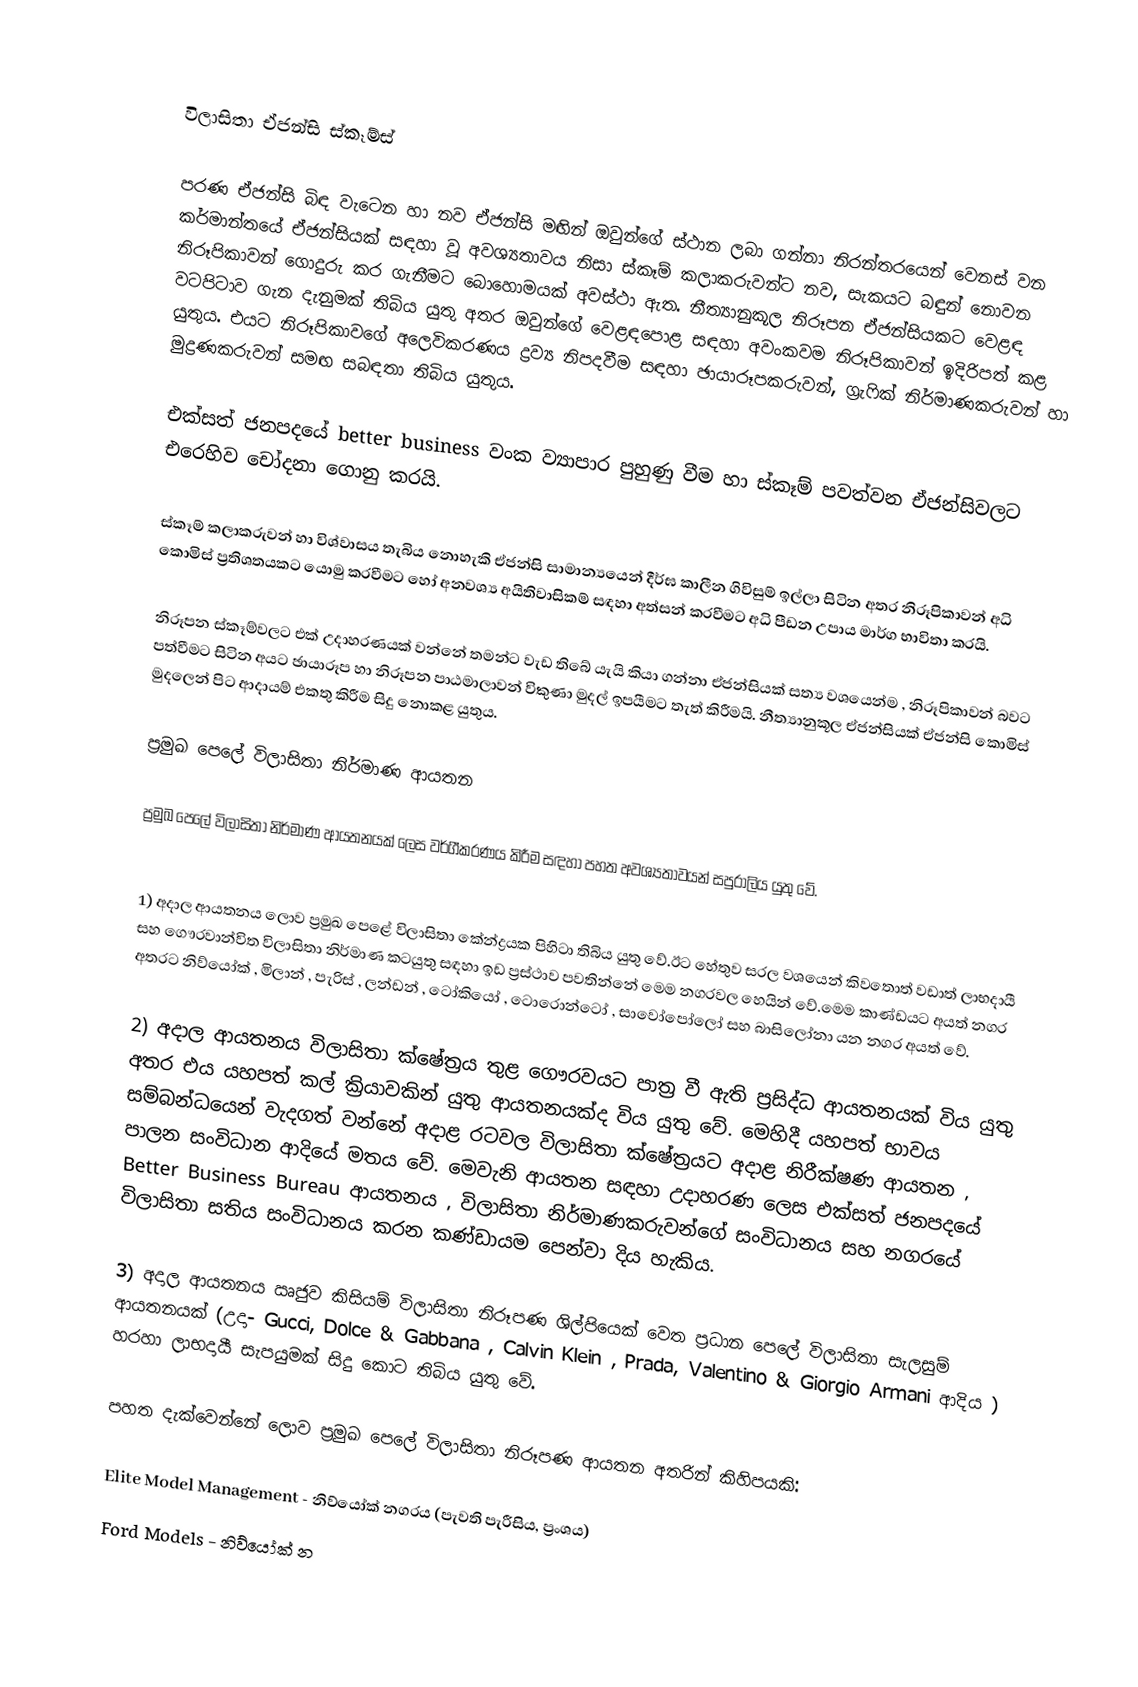

විලාසිතා ඒජන්සි ස්කෑම්ස්

පරණ ඒජන්සි බිඳ වැටෙන හා නව ඒජන්සි මඟින් ඔවුන්ගේ ස්ථාන ලබා ගන්නා නිරන්තරයෙන් වෙනස් වන කර්මාන්තයේ ඒජන්සියක් සඳහා වූ අවශ්‍යතාවය නිසා ස්කෑම් කලාකරුවන්ට නව, සැකයට බඳුන් නොවන නිරූපිකාවන් ගොදුරු කර ගැනීමට බොහොමයක් අවස්ථා ඇත. නීත්‍යානුකූල නිරූපන ඒජන්සියකට වෙළඳ වටපිටාව ගැන දැනුමක් තිබිය යුතු අතර ඔවුන්ගේ වෙළඳපොළ සඳහා අවංකවම නිරූපිකාවන් ඉදිරිපත් කළ යුතුය. එයට නිරූපිකාවගේ අලෙවිකරණය ද්‍රව්‍ය නිපදවීම සඳහා ඡායාරූපකරුවන්, ග්‍රැෆික් නිර්මාණකරුවන් හා මුද්‍රණකරුවන් සමඟ සබඳතා තිබිය යුතුය.

එක්සත් ජනපදයේ better business වංක ව්‍යාපාර පුහුණු වීම හා ස්කෑම් පවත්වන ඒජන්සිවලට එරෙහිව ‍චෝදනා ගොනු කරයි.

ස්කෑම් කලාකරුවන් හා විශ්වාසය තැබිය නොහැකි ඒජන්සි සාමාන්‍යයෙන් දීර්ඝ කාලීන ගිවිසුම් ඉල්ලා සිටින අතර නිරූපිකාවන් අධි කොමිස් ප්‍රතිශතයකට යොමු කරවීමට හෝ අනවශ්‍ය අයිතිවාසිකම් සඳහා අත්සන් කරවීමට අධි පීඩන උපාය මාර්ග භාවිතා කරයි.

නිරූපන ස්කෑම්වලට එක් උදාහරණයක් වන්නේ තමන්ට වැඩ තිබේ යැයි කියා ගන්නා ඒජන්සියක් සත්‍ය වශයෙන්ම , නිරූපිකාවන් බවට පත්වීමට සිටින අයට ඡායාරූප හා නිරූපන පාඨමාලාවන් විකුණා මුදල් ඉපයීමට තැත් කිරීමයි. නීත්‍යානුකූල ඒජන්සියක් ඒජන්සි කොමිස් මුදලෙන් පිට ආදායම් එකතු කිරීම සිදු නොකළ ‍යුතුය.

ප්‍රමුඛ පෙලේ විලාසිතා නිර්මාණ ආයතන

ප්‍රමුඛ පෙලේ විලාසිතා නිර්මාණ ආයතනයක් ලෙස වර්ගීකරණය කිරීම සඳහා පහත අවශ්‍යතාවයන් සපුරාලිය යුතු වේ.

1) අදාල ආයතනය ලොව ප්‍රමුඛ පෙළේ විලාසිතා කේන්ද්‍රයක පිහිටා තිබිය යුතු වේ.ඊට හේතුව සරල වශයෙන් කිවතොත් වඩාත් ලාභදායී සහ ගෞරවාන්විත විලාසිතා නිර්මාණ කටයුතු සඳහා ඉඩ ප්‍රස්ථාව පවතින්නේ මෙම නගරවල හෙයින් වේ.මෙම කාණ්ඩයට අයත් නගර අතරට නිව්යෝක් , මිලාන් , පැරිස් , ලන්ඩන් , ටෝකියෝ , ටොරොන්ටෝ , සාවෝපෝලෝ සහ බාසිලෝනා යන නගර අයත් වේ.

2) අදාල ආයතනය විලාසිතා ක්ෂේත්‍රය තුළ ගෞරවයට පාත්‍ර වී ඇති ප්‍රසිද්ධ ආයතනයක් විය යුතු අතර එය යහපත් කල් ක්‍රියාවකින් යුතු ආයතනයක්ද විය යුතු වේ. මෙහිදී යහපත් භාවය සම්බන්ධයෙන් වැදගත් වන්නේ අදාළ රටවල විලාසිතා ක්ෂේත්‍රයට අදාළ නිරීක්ෂණ ආයතන , පාලන සංවිධාන ආදියේ මතය වේ. මෙවැනි ආයතන සඳහා උදාහරණ ලෙස එක්සත් ජනපදයේ Better Business Bureau ආයතනය , විලාසිතා නිර්මාණකරුවන්ගේ සංවිධානය සහ නගරයේ විලාසිතා සතිය සංවිධානය කරන කණ්ඩායම පෙන්වා දිය හැකිය.

3) අදාල ආයතනය ඍජුව කිසියම් විලාසිතා නිරූපණ ශිල්පියෙක් වෙත ප්‍රධාන පෙලේ විලාසිතා සැලසුම් ආයතනයක් (උදා- Gucci, Dolce & Gabbana , Calvin Klein , Prada, Valentino & Giorgio Armani ආදිය ) හරහා ලාභදායී සැපයුමක් සිදු කොට තිබිය යුතු වේ.

පහත දැක්වෙන්නේ ලොව ප්‍රමුඛ පෙලේ විලාසිතා නිරූපණ ආයතන අතරින් කිහිපයකි:

 Elite Model Management - නිව්යෝක් නගරය (පැවති පැරීසිය, ප්‍රංශය)
 Ford Models - නිව්යෝක් න